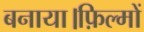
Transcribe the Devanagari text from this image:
बनाया।फ़िल्मों